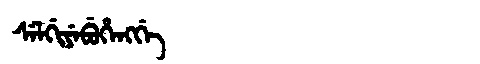
Manchu: ᠰᡝᠯᡤᡳᠶᡝᠪᡠᡥᡝᠩᡤᡝ
Romanization: SELGIYEBUHENGGE